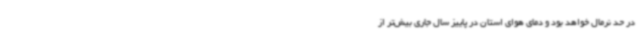
در حد نرمال خواهد بود و دمای هوای استان در پاییز سال جاری بیش‌تر از